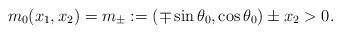
LaTeX: \begin{align*}m_0(x_1,x_2)=m_\pm:=(\mp\sin\theta_0, \cos\theta_0)\pm x_2>0.\end{align*}